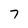
Character: 7